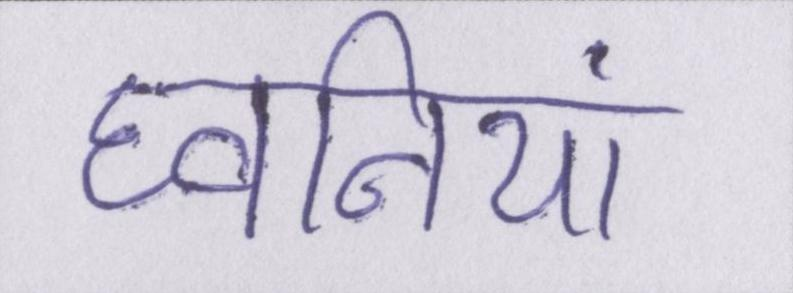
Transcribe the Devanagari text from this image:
घ्वनियां